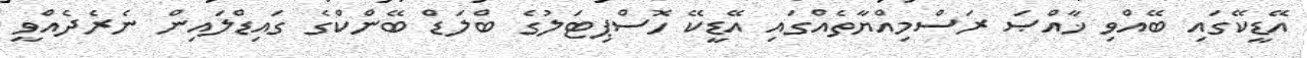
އޭޑީކޭގައި ބޭއްވި ޚާއްޞަ ރަސްމިއްޔާތެއްގައި އޭޑީކޭ ހޮސްޕިޓަލުގެ ބްލަޑް ބޭންކްގެ ގައިޑްލައިން ނެރެދެއްވީ